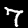
Label: 7